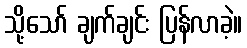
သို့သော် ချက်ချင်း ပြန်လာခဲ့။